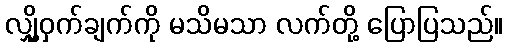
လျှို့ဝှက်ချက်ကို မသိမသာ လက်တို့ ပြောပြသည်။